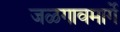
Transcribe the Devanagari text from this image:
जळगावमार्गे